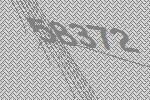
58372